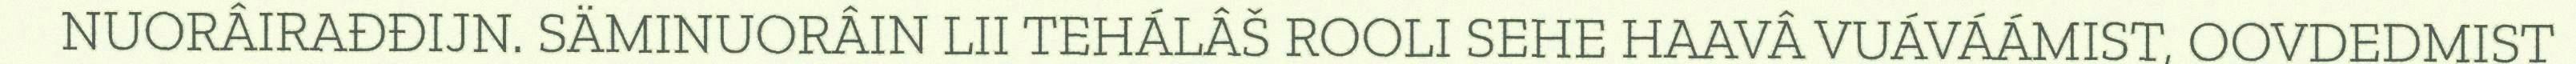
NUORÂIRAĐĐIJN. SÄMINUORÂIN LII TEHÁLÂŠ ROOLI SEHE HAAVÂ VUÁVÁÁMIST, OOVDEDMIST